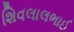
શિવલાલભાઈ